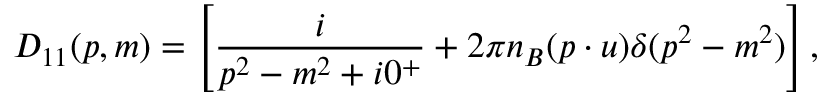
D _ { 1 1 } ( p , m ) = \left[ { \frac { i } { p ^ { 2 } - m ^ { 2 } + i 0 ^ { + } } } + 2 \pi n _ { B } ( p \cdot u ) \delta ( p ^ { 2 } - m ^ { 2 } ) \right] ,